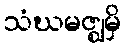
သံဃမဇ္ဈမှိ